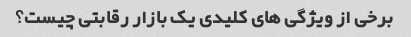
برخی از ویژگی های کلیدی یک بازار رقابتی چیست؟